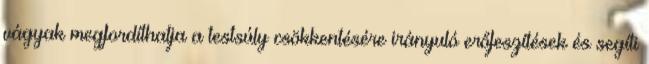
vágyak megfordíthatja a testsúly csökkentésére irányuló erőfeszítések és segíti